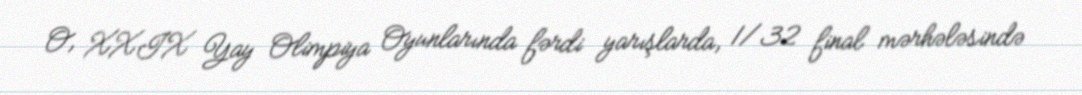
O, XXIX Yay Olimpiya Oyunlarında fərdi yarışlarda, 1/32 final mərhələsində